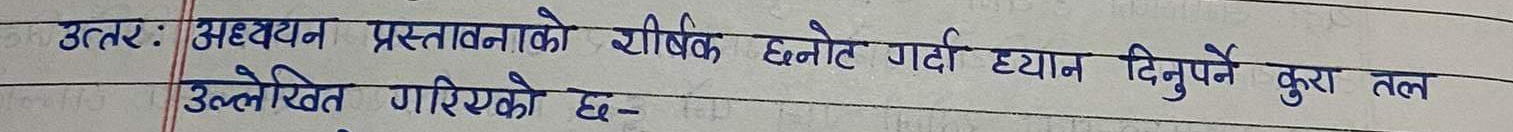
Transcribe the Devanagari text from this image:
उत्तरः अध्ययन प्रस्तावनाको शीर्षक छनौट गर्दा ध्यान दिनुपर्ने कुरा तल उल्लेखित गरिएको छ-